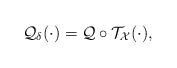
LaTeX: \begin{align*}\mathcal{Q}_\delta(\cdot)=\mathcal{Q}\circ\mathcal{T_X}(\cdot),\end{align*}